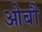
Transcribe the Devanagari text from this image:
ओबौ